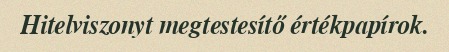
Hitelviszonyt megtestesítő értékpapírok.